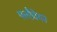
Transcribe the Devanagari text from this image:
फ्लौवेयर